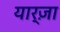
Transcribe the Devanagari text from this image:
यार्ज़ा